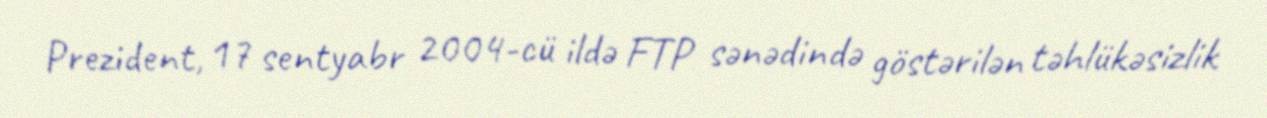
Prezident, 17 sentyabr 2004-cü ildə FTP sənədində göstərilən təhlükəsizlik